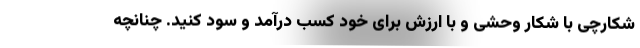
شکارچی با شکار وحشی و با ارزش برای خود کسب درآمد و سود کنید. چنانچه